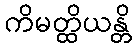
ကိမတ္ထိယန္တိ